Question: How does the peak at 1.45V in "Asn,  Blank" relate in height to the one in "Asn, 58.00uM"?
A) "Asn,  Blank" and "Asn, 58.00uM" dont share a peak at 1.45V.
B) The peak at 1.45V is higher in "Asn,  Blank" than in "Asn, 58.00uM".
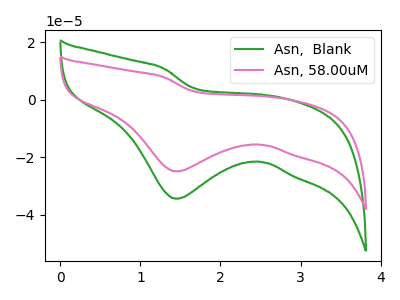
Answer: <think>The green curve "Asn,  Blank" has a cathodic peak at: (1.45V, -34.35uA). The pink curve "Asn, 58.00uM" has a cathodic peak at: (1.45V, -24.85uA).</think>
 <answer>B) The peak at 1.45V is higher in "Asn,  Blank" than in "Asn, 58.00uM".</answer>
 <eval>B</eval>